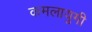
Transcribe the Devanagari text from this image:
कमलायुगी